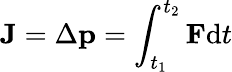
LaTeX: \mathbf{J}=\Delta\mathbf{p}=\int_{t_{1}}^{t_{2}}\mathbf{F}\mathrm{d}t